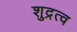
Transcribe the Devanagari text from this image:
शुद्रत्व